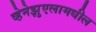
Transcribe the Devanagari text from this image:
व्हेनेझुएलामधील